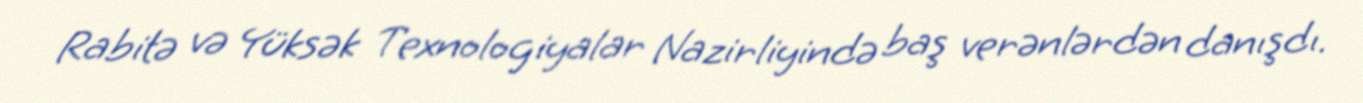
Rabitə və Yüksək Texnologiyalar Nazirliyində baş verənlərdən danışdı.